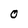
Character: O